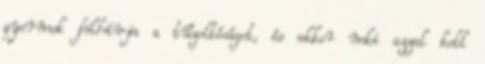
gyermek fölhívja a tűzoltóságot, és akkor neki azzal kell